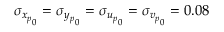
\sigma _ { { x _ { p } } _ { 0 } } = \sigma _ { { y _ { p } } _ { 0 } } = \sigma _ { { u _ { p } } _ { 0 } } = \sigma _ { { v _ { p } } _ { 0 } } = 0 . 0 8